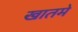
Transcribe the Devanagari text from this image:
खातमे